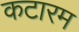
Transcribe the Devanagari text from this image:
कटारम